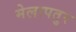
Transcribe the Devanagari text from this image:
मेलापतुर